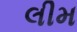
લીમ